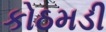
કોઠમડી